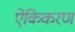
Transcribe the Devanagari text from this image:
ऐकिकरण